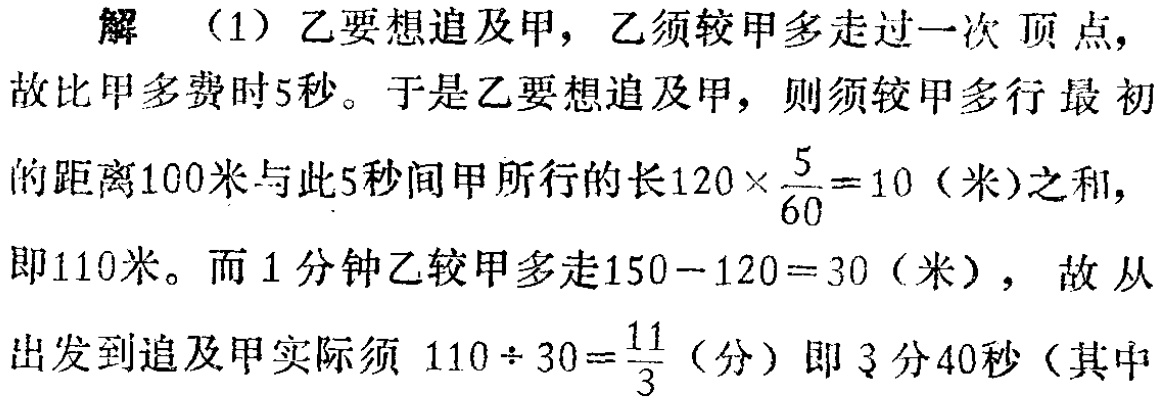
解 （1）乙要想追及甲，乙须较甲多走过一次 顶点，

故比甲多费时5秒。于是乙要想追及甲，则须较甲多行最初

的距离100米与此5秒间甲所行的长\(120\times \frac{5}{60}=10\)（米）之和，

即110米。而1分钟乙较甲多走\(150 - 120 = 30\)（米），故 从

出发到追及甲实际须 \(110\div 30=\frac{11}{3}\)（分）即3分40秒（其中